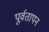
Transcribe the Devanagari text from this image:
पूर्वतापन